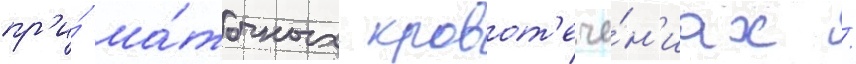
пр'и́ ма́точных кровот'ече́н'иах /